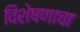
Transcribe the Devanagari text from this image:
विशेषणाचा